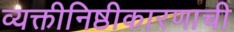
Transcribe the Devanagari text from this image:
व्यक्तीनिष्ठीकारणाची